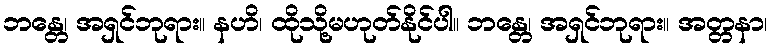
ဘန္တေ၊ အရှင်ဘုရား။ နဟိ၊ ထိုသို့မဟုတ်နိုင်ပါ။ ဘန္တေ၊ အရှင်ဘုရား။ အတ္တနာ၊